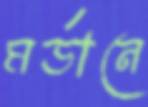
মর্ডানে